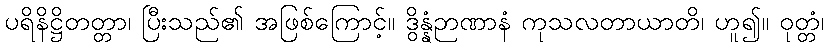
ပရိနိဋ္ဌိတတ္တာ၊ ပြီးသည်၏ အဖြစ်ကြောင့်။ ဒွိန္နံဉာဏာနံ ကုသလတာယာတိ၊ ဟူ၍။ ဝုတ္တံ၊